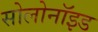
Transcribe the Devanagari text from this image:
सोलोनॉइड